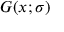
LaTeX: G ( x ; \sigma )